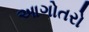
આગોતરો